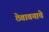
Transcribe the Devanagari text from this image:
ठेवावयाचे